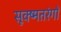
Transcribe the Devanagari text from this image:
सूक्ष्मतरंगों